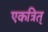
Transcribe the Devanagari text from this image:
एकत्रित्